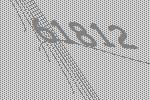
61812